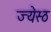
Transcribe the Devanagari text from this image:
ज्येस्ठ